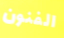
الفنون